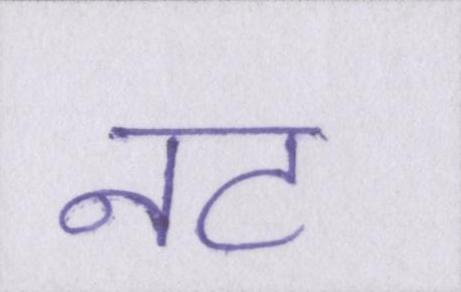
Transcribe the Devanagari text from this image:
नट